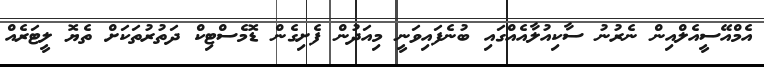
އެމްއޭސީއެލްއިން ނެރުނު ސާކިއުލާއެއްގައި ބުނެފައިވަނީ މިއަދުން ފެށިގެން ޑޮމެސްޓިކް ދަތުރުތަކަށް ތެޔޮ ލީޓަރެއް